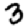
Digit: 3